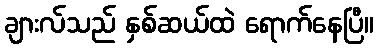
ချားလ်သည် နှစ်ဆယ်ထဲ ရောက်နေပြီ။